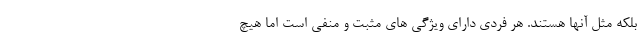
بلکه مثل آنها هستند. هر فردی دارای ویژگی های مثبت و منفی است اما هیچ